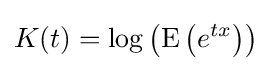
K(t)=\log \left(\operatorname {E} \left(e^{tx}\right)\right)